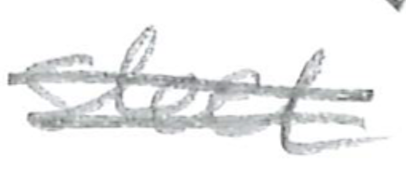
Text: stainless
Cross-out: double-line
Writing tool: pencil